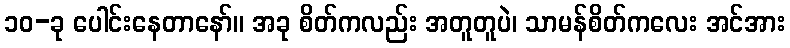
၁၀-ခု ပေါင်းနေတာနော်။ အခု စိတ်ကလည်း အတူတူပဲ၊ သာမန်စိတ်ကလေး အင်အား